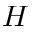
H